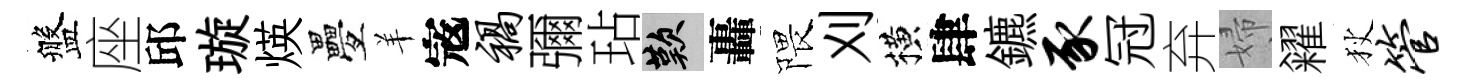
盤座邱璇煐疊羊𡨥祸彌玷嘆轟隈刈横肆鑣豕冠弃婦糴狄管